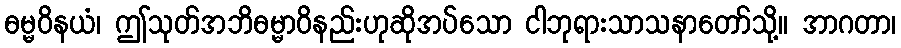
ဓမ္မဝိနယံ၊ ဤသုတ်အဘိဓမ္မာဝိနည်းဟုဆိုအပ်သော ငါဘုရားသာသနာတော်သို့။ အာဂတာ၊